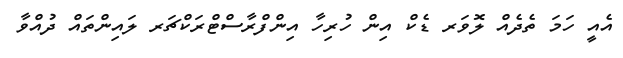
އެއީ ހަމަ ތެދެއް ލޮވަރ ޑެކް އިން ހުރިހާ އިންފްރާސްޓްރަކްޗަރ ލައިންތައް ދުއްވާ